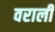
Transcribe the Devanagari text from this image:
वराली